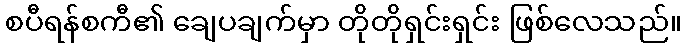
စပီရန်စကီ၏ ချေပချက်မှာ တိုတိုရှင်းရှင်း ဖြစ်လေသည်။